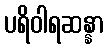
ပရိဝါရဆန္နာ